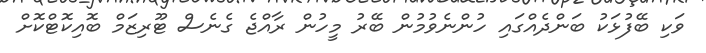
ވަކި ބޭފުޅަކު ބަންދެއްގައި ހުންނެވުމުން ބޭރު މީހުން ރާއްޖެ ގެނެސް ޓޫރިޒަމް ބޮއިކޮޓްކޮށް